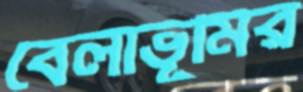
বেলাভূমির